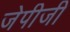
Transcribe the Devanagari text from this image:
जेपीजी